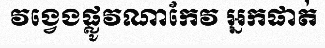
វង្វេងផ្លូវណាកែវ អ្នកផាត់